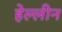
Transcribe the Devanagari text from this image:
हेल्लीन